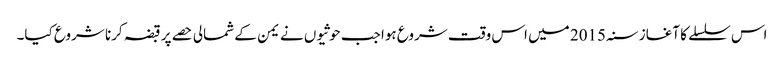
اس سلسلے کا آغاز سنہ 2015 میں اس وقت شروع ہوا جب حوثیوں نے یمن کے شمالی حصے پر قبضہ کرنا شروع کیا۔